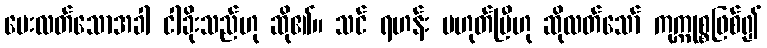
မေးလတ်သောအခါ ငါခိုးသည်ဟု ဆို၏။ သင် ရဟန်း မဟုတ်ပြီဟု ဆိုလတ်သော် ကုက္ကုစ္စဖြစ်၍